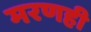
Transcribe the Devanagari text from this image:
मरणही